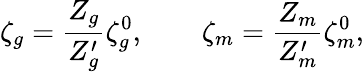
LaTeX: \zeta_{g}=\frac{Z_{g}}{Z_{g}^{\prime}}\zeta_{g}^{0},\qquad\zeta_{m}=\frac{Z_{m}}{Z_{m}^{\prime}}\zeta_{m}^{0},